Insane asylums in Bengal annual reports 1867-1875 - 1867-1875
Year: 1867
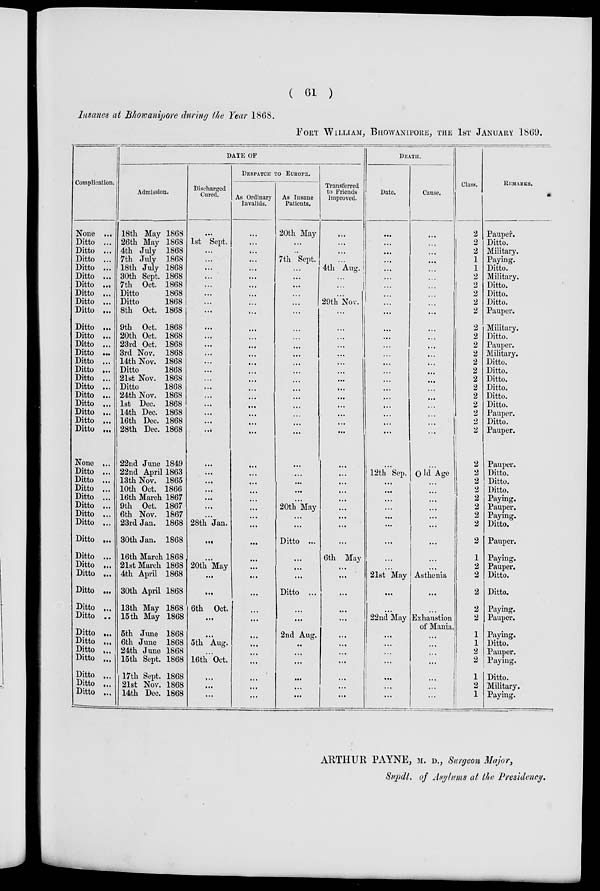
( 61 )
Insanes at Bhowanipore during the Year 1868.
FORT WILLIAM, BHOWANIPORE, THE 1ST JANUARY 1869.
Complication.
None
...
Ditto ...
Ditto ...
Ditto ...
Ditto ...
Ditto ...
Ditto ...
Ditto ...
Ditto ...
Ditto ...
Ditto ...
Ditto ...
Ditto ...
Ditto ...
Ditto ...
Ditto ...
Ditto ...
Ditto ...
Ditto ...
Ditto ...
Ditto ...
Ditto ...
Ditto ...
None ...
Ditto ...
Ditto ...
Ditto ...
Ditto ...
Ditto ...
Ditto ...
Ditto ...
Ditto ...
Ditto ...
Ditto ...
Ditto ...
Ditto ...
Ditto ...
Ditto ...
Ditto ...
Ditto ...
Ditto ...
Ditto ...
Ditto ...
Ditto ...
Ditto ...
DATE OF
Admission.
18th May 1868
26th May 1868
4th July 1868
7th July 1868
18th July 1868
30th Sept. 1868
7th Oct. 1868
Ditto
1868
Ditto
1868
8th Oct. 1868
9th Oct. 1868
20th Oct. 1868
23rd Oct. 1868
3rd Nov. 1868
14th Nov. 1868
Ditto
1868
21st Nov. 1868
Ditto
1868
24th Nov. 1868
1st Dec. 1868
14th Dec. 1868
16th Dec. 1868
28th Dec. 1868
22nd June 1849
22nd April 1863
13th Nov. 1865
10th Oct. 1866
16th March 1867
9th Oct. 1867
6th Nov. 1867
23rd Jan. 1868
30th Jan. 1868
16th March 1868
21st March 1868
4th April 1868
30th April 1868
13th May 1868
15th May 1868
5th June 1868
6th June 1868
24th June 1868
15th Sept. 1868
17th Sept. 1868
21st Nov. 1868
14th Dec. 1868
Discharged
Cured.
...
1st Sept.
...
...
...
...
...
...
...
...
...
...
...
...
...
...
...
...
...
...
...
...
...
...
...
...
...
...
...
...
28th Jan.
...
...
20th May
...
...
6th Oct.
...
...
5th Aug.
...
16th Oct.
...
...
...
DESPATCH TO EUROPE.
As Ordinary
Invalids.
...
...
...
...
...
...
...
...
...
...
...
...
...
...
...
...
...
...
...
...
...
...
...
...
...
...
...
...
...
...
...
...
...
...
...
...
...
...
...
...
...
...
...
...
...
As Insane
Patients.
20th May
...
...
7th Sept.
...
...
...
...
...
...
...
...
...
...
...
...
...
...
...
...
...
...
...
...
...
...
...
...
20th May
...
...
Ditto ...
...
...
...
Ditto ...
...
...
2nd Aug.
...
...
...
...
...
...
Transferred
to Friends
Improved.
...
...
...
...
4th Aug.
...
...
...
29th Nov.
...
...
...
...
...
...
...
...
...
...
...
...
...
...
...
...
...
...
...
...
...
...
...
6th May
...
...
...
...
...
...
...
...
...
...
...
...
DEATH.
Date.
...
...
...
...
...
...
...
...
...
...
...
...
...
...
...
...
...
...
...
...
...
...
...
...
12th Sep.
...
...
...
...
...
...
...
...
...
21st May
...
...
22nd May
...
...
...
...
...
...
...
Cause.
...
...
...
...
...
...
...
...
...
...
...
...
...
...
...
...
...
...
...
...
...
...
...
...
Old Age
...
...
...
...
...
...
...
...
...
Asthenia
...
...
Exhaustion
of Mania.
...
...
...
...
...
...
...
Class.
2
2
2
1
1
2
2
2
2
2
2
2
2
2
2
2
2
2
2
2
2
2
2
2
2
2
2
2
2
2
2
2
1
2
2
2
2
2
1
1
2
2
1
2
1
REMARKS.
Pauper.
Ditto.
Military.
Paying.
Ditto.
Military.
Ditto.
Ditto.
Ditto.
Pauper.
Military.
Ditto.
Pauper.
Military.
Ditto.
Ditto.
Ditto.
Ditto.
Ditto.
Ditto.
Pauper.
Ditto.
Pauper.
Pauper.
Ditto.
Ditto.
Ditto.
Paying.
Pauper.
Paying.
Ditto.
Pauper.
Paying.
Pauper.
Ditto.
Ditto.
Paying.
Pauper.
Paying.
Ditto.
Pauper.
Paying.
Ditto.
Military.
Paying.
ARTHUR PAYNE, M. D., Surgeon Major,
Supdt. of Asylums at the Presidency.